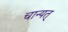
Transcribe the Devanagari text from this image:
चान्यत्